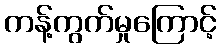
ကန့်ကွက်မှုကြောင့်